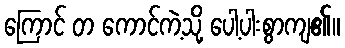
ကြောင် တ ကောင်ကဲ့သို့ ပေါ့ပါးစွာကျ၏။